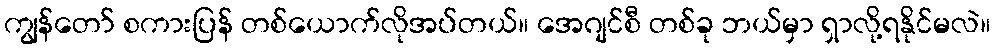
ကျွန်တော် စကားပြန် တစ်ယောက်လိုအပ်တယ်။ အေဂျင်စီ တစ်ခု ဘယ်မှာ ရှာလို့ရနိုင်မလဲ။